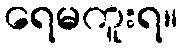
ရေမကူးရ။